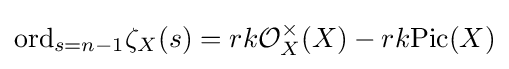
\mathrm {ord} _{s=n-1}\zeta _{X}(s)=rk{\mathcal {O}}_{X}^{\times }(X)-rk\mathrm {Pic} (X)